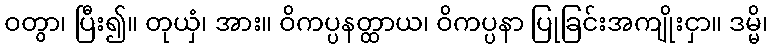
ဝတွာ၊ ပြီး၍။ တုယှံ၊ အား။ ဝိကပ္ပနတ္ထာယ၊ ဝိကပ္ပနာ ပြုခြင်းအကျိုးငှာ။ ဒမ္မိ၊